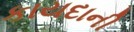
કાયદાની